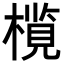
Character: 𬄦